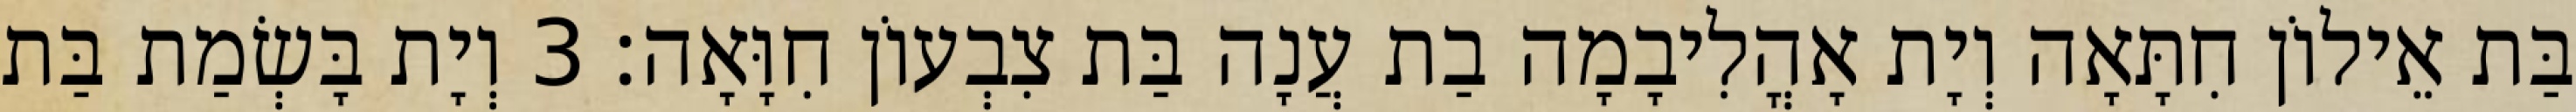
בַּת אֵילוֹן חִתָּאָה וְיָת אָהֳלִיבָמָה בַת עֲנָה בַּת צִבְעוֹן חִוָּאָה׃ 3 וְיָת בָּשְׂמַת בַּת